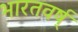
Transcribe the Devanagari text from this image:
भारतवर्ष्